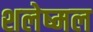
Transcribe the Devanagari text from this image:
शलेष्मल